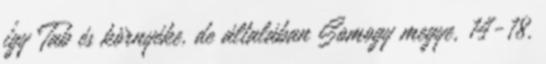
így Tab és környéke, de általában Somogy megye, 14-18.